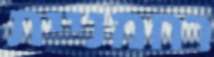
רחמניית